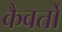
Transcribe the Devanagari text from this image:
कैवर्तों